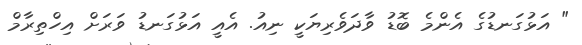
" އަޅުގަނޑުގެ އެންމެ ބޮޑު ވާދަވެރިޔަކީ ނިއު. އެއީ އަޅުގަނޑު ވަރަށް އިހްތިރާމް